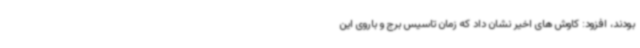
بودند، افزود: کاوش های اخیر نشان داد که زمان تاسیس برج و باروی این